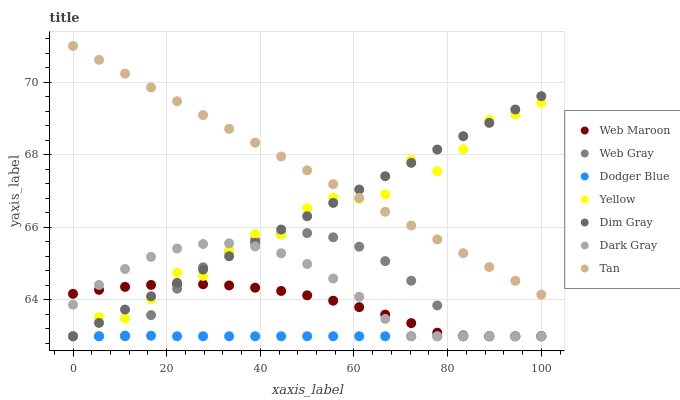
| xaxis_label | Web Maroon | Web Gray | Dodger Blue | Yellow | Dim Gray | Dark Gray | Tan |
 | --- | --- | --- | --- | --- | --- | --- | --- |
 | 0 | 64.2 | 63 | 63 | 63 | 63 | 63.9 | 71 |
 | 5.56 | 64.3 | 63 | 63 | 63.5 | 63.4 | 64.4 | 70.6 |
 | 11.1 | 64.4 | 63 | 63 | 63.5 | 63.7 | 64.9 | 70.2 |
 | 16.7 | 64.4 | 63.6 | 63 | 64 | 64.1 | 65.2 | 69.9 |
 | 22.2 | 64.4 | 64.3 | 63 | 64.8 | 64.5 | 65.4 | 69.5 |
 | 27.8 | 64.4 | 64.9 | 63 | 64.7 | 64.8 | 65.5 | 69.1 |
 | 33.3 | 64.4 | 65.3 | 63 | 65.4 | 65.2 | 65.6 | 68.7 |
 | 38.9 | 64.3 | 65.7 | 63 | 65.8 | 65.6 | 65.5 | 68.3 |
 | 44.4 | 64.2 | 65.8 | 63 | 65.8 | 65.9 | 65.3 | 68 |
 | 50 | 64.1 | 65.8 | 63 | 66.5 | 66.3 | 65 | 67.6 |
 | 55.6 | 64 | 65.7 | 63 | 66.8 | 66.7 | 64.6 | 67.2 |
 | 61.1 | 63.8 | 65.5 | 63 | 66.8 | 67 | 64.1 | 66.8 |
 | 66.7 | 63.6 | 65.1 | 63 | 66.9 | 67.4 | 63.5 | 66.4 |
 | 72.2 | 63.4 | 64.5 | 63 | 67.9 | 67.8 | 63 | 66.1 |
 | 77.8 | 63.1 | 63.8 | 63 | 67.6 | 68.1 | 63 | 65.7 |
 | 83.3 | 63 | 63 | 63 | 68.2 | 68.5 | 63 | 65.3 |
 | 88.9 | 63 | 63 | 63 | 69 | 68.9 | 63 | 64.9 |
 | 94.4 | 63 | 63 | 63 | 69.1 | 69.2 | 63 | 64.5 |
 | 100 | 63 | 63 | 63 | 69.4 | 69.6 | 63 | 64.1 |